65_HS1-834228961_62-HQ-83894_Serial_164
Agency: FBI
Page 114
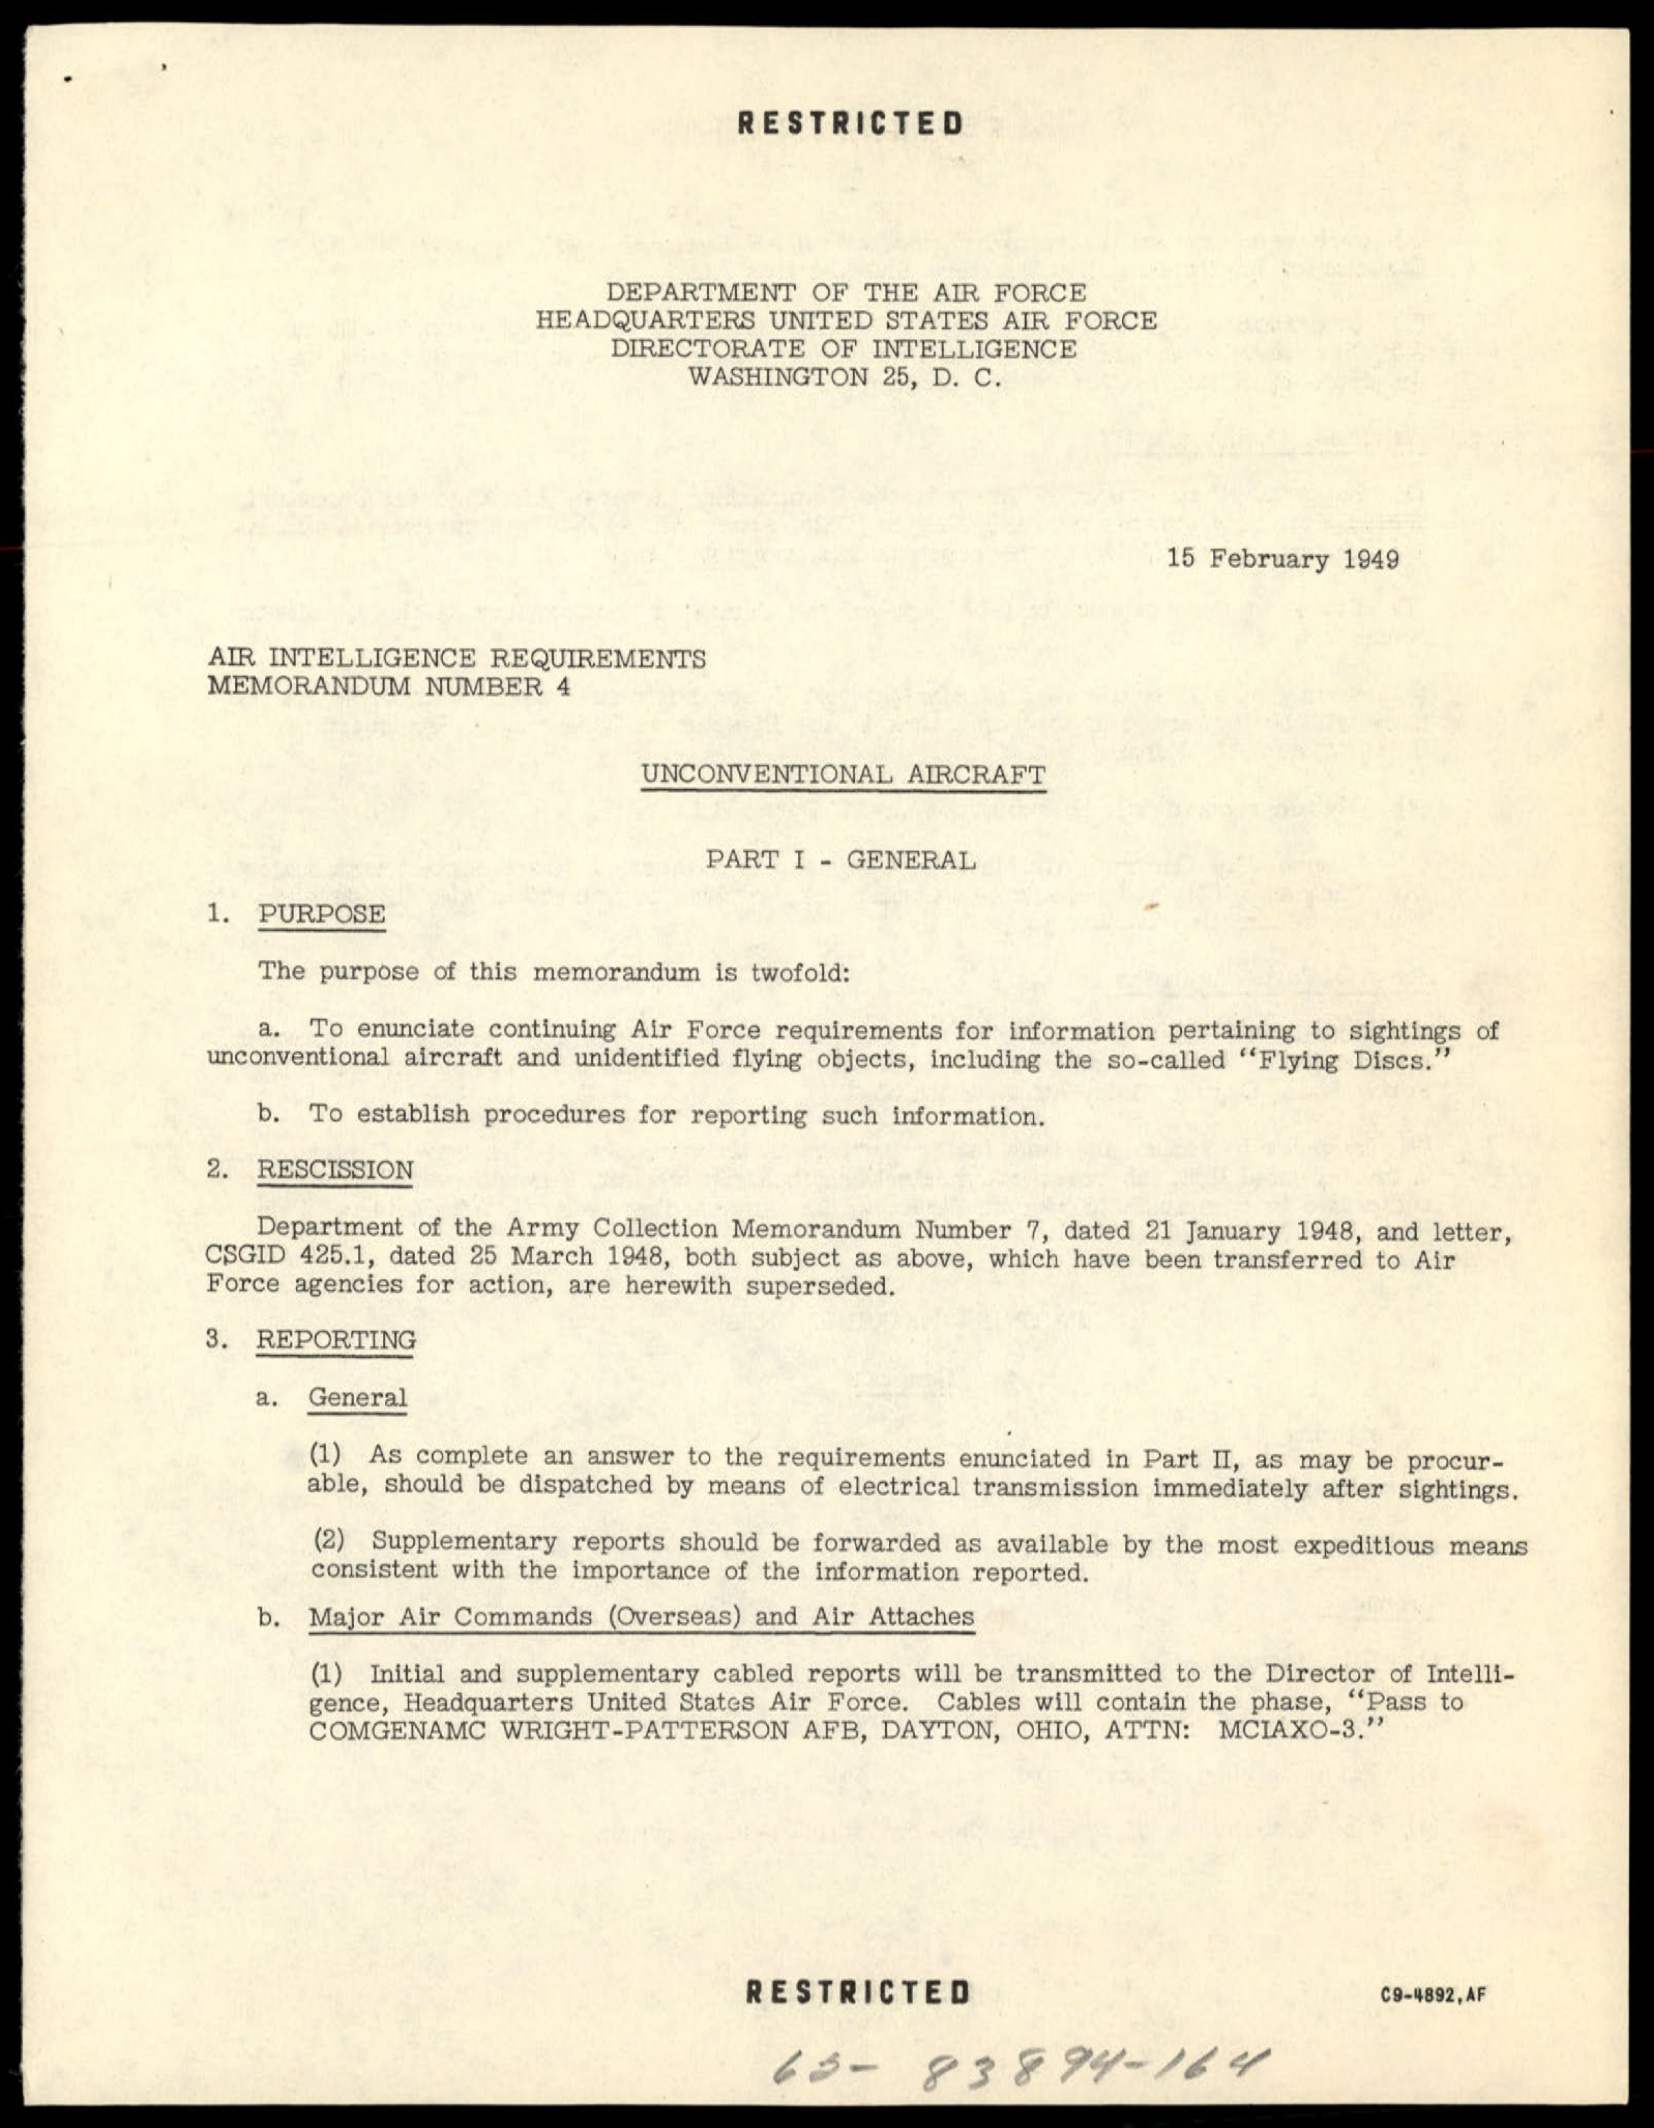